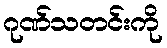
ဂုဏ်သတင်းကို